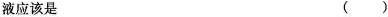
液应该是 ( )